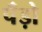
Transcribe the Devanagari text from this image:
पॅंड़ो